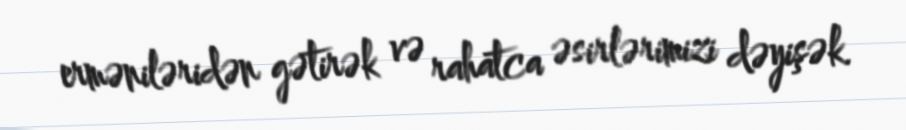
erməniləridən gətirək və rahatca əsirlərimizi dəyişək.